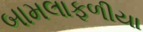
બામલાફળીયા